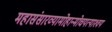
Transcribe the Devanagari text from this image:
महासंसारव्यामोहान्मोचयत्याश्‍वयं